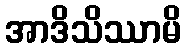
အာဒိသိဿာမိ